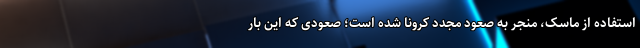
استفاده از ماسک، منجر به صعود مجدد کرونا شده است؛ صعودی که این بار